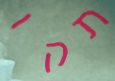
תקו